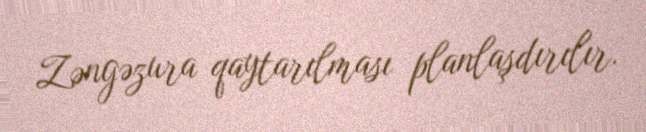
Zəngəzura qaytarılması planlaşdırılır.